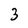
Character: 3